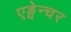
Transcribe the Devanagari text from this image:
एड्वेन्चर